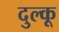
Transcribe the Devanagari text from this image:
दुल्कू